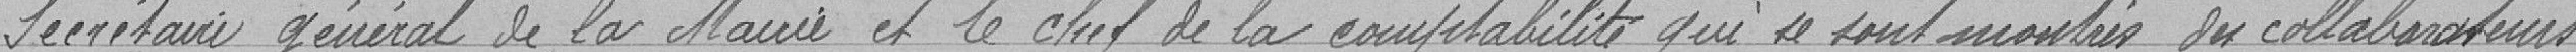
Secrétaire général de la Mairie et le chef de la comptabilité qui se sont montrés ses collaborateurs